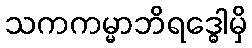
သကကမ္မာဘိရဒ္ဓေါမှိ